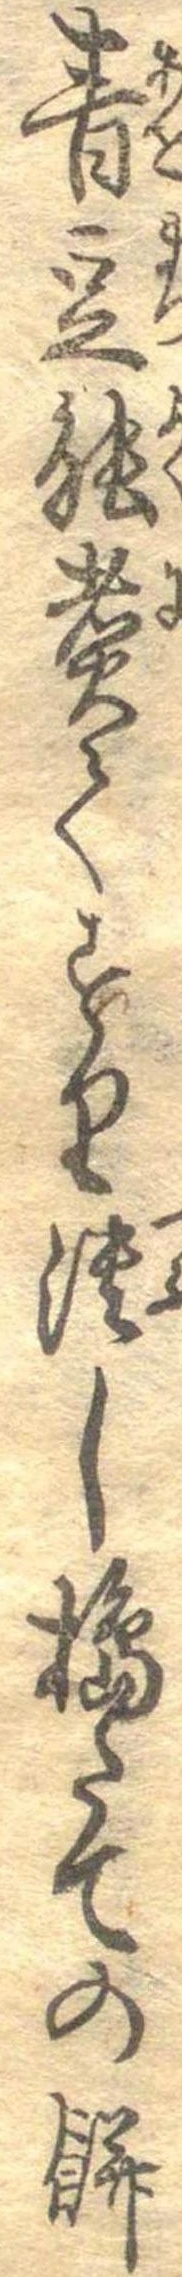
青豆能煮てすり潰し搗たての餅